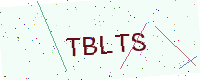
Text: TBLTS